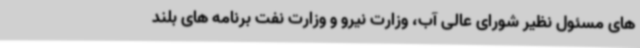
های مسئول نظیر شورای عالی آب، وزارت نیرو و وزارت نفت برنامه های بلند